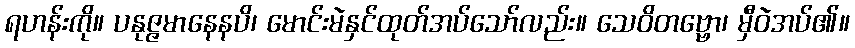
ရဟန်းကို။ ပနုဇ္ဇမာနေနပိ၊ မောင်းမဲနှင်ထုတ်အပ်သော်လည်း။ သေဝိတဗ္ဗော၊ မှီဝဲအပ်၏။